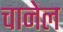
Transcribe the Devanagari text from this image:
चानेल